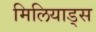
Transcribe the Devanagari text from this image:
मिलियाड्स